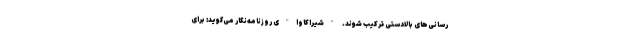
رسانی‌های بالادستی ترکیب شوند. "شیراکاوا"ی روزنامه‌نگار می‌گوید: برای